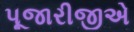
પૂજારીજીએ